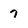
Character: 7